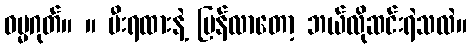
ဓမ္မဂုတ်။ ။ မီးရထားနဲ့ ပြန်လာတော့ ဘယ်လိုဆင်းရဲသလဲ။